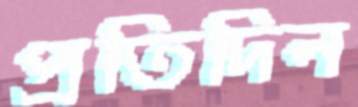
প্রতিদিন